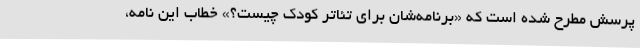
پرسش مطرح شده است که «برنامه‌شان برای تئاتر کودک چیست؟» خطاب این نامه،